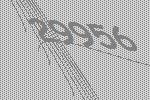
29956